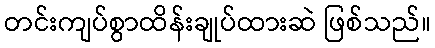
တင်းကျပ်စွာထိန်းချုပ်ထားဆဲ ဖြစ်သည်။